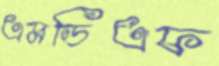
এমডিএফ